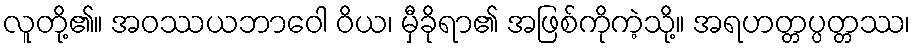
လူတို့၏။ အဝဿယဘာဝေါ ဝိယ၊ မှီခိုရာ၏ အဖြစ်ကိုကဲ့သို့။ အရဟတ္တပ္ပတ္တဿ၊